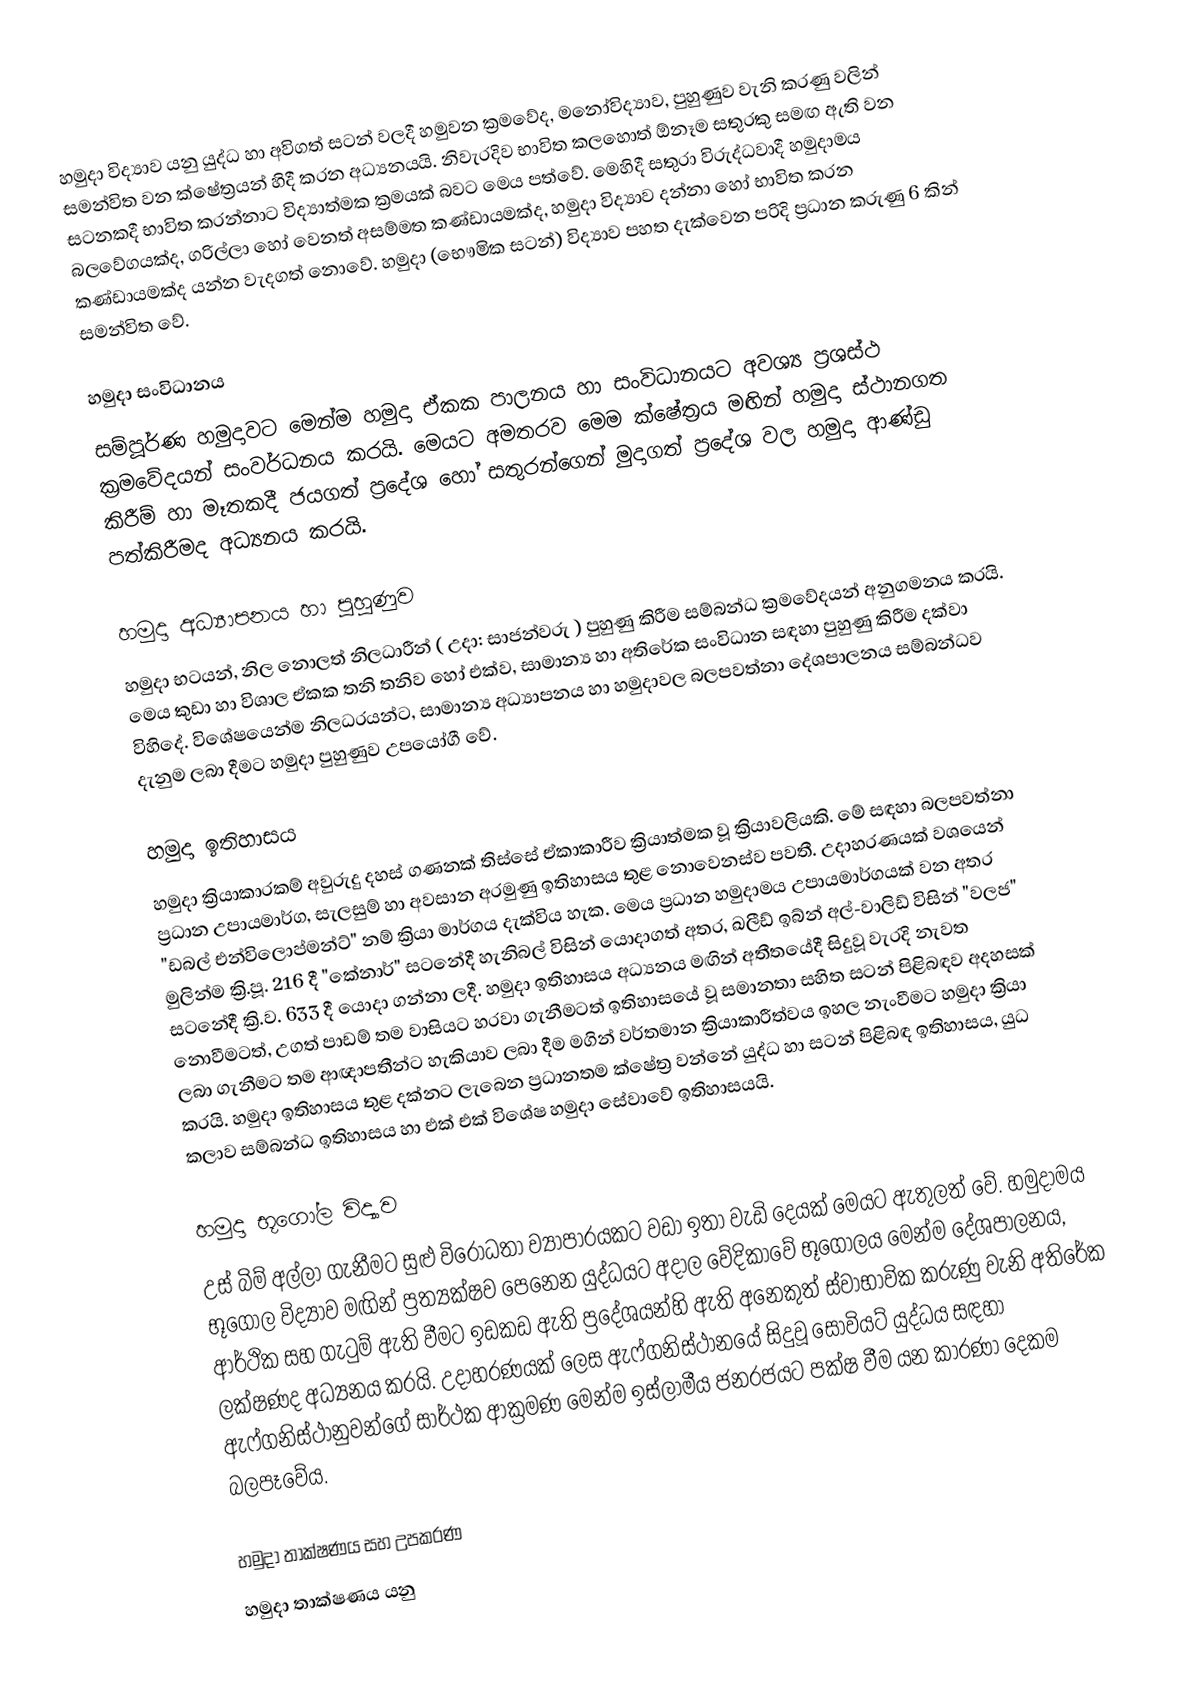
හමුදා විද්‍යාව යනු යුද්ධ හා අවිගත් සටන් වලදී හමුවන ක්‍රමවේද, මනෝවිද්‍යාව, පුහුණුව වැනි කරණු වලින් සමන්විත වන ක්ෂේත්‍රයන් හිදී කරන අධ්‍යනයයි. නිවැරදිව භාවිත කලහොත් ඕනෑම සතුරකු සමඟ ඇති වන සටනකදී භාවිත කරන්නාට විද්‍යාත්මක ක්‍රමයක් බවට මෙය පත්වේ. මෙහිදී සතුරා විරුද්ධවාදී හමුදාමය බලවේගයක්ද, ගරිල්ලා හෝ වෙනත් අසම්මත කණ්ඩායමක්ද, හමුදා විද්‍යාව දන්නා හෝ භාවිත කරන කණ්ඩායමක්ද යන්න වැදගත් නොවේ. හමුදා (භෞමික සටන්) විද්‍යාව පහත දැක්වෙන පරිදි ප්‍රධාන කරුණු 6 කින් සමන්විත වේ.

හමුදා සංවිධානය
සම්පූර්ණ හමුදාවට මෙන්ම හමුදා ඒකක පාලනය හා සංවිධානයට අවශ්‍ය ප්‍රශස්ථ ක්‍රමවේදයන් සංවර්ධනය කරයි. මෙයට අමතරව මෙම ක්ෂේත්‍රය මඟින් හමුදා ස්ථානගත කිරීම් හා මෑතකදී ජයගත් ප්‍රදේශ හෝ සතුරන්ගෙන් මුදාගත් ප්‍රදේශ වල හමුදා ආණ්ඩු පත්කිරීමද අධ්‍යනය කරයි.

හමුදා අධ්‍යාපනය හා පුහුණුව
හමුදා භටයන්, නිල නොලත් නිලධාරීන් ( උදා: සාජන්වරු ) පුහුණු කිරීම සම්බන්ධ ක්‍රමවේදයන් අනුගමනය කරයි. මෙය කුඩා හා විශාල ඒකක තනි තනිව හෝ එක්ව,  සාමාන්‍ය හා අතිරේක සංවිධාන සඳහා පුහුණු කිරීම දක්වා විහිදේ. විශේෂයෙන්ම නිලධරයන්ට, සාමාන්‍ය අධ්‍යාපනය හා හමුදාවල බලපවත්නා දේශපාලනය සම්බන්ධව දැනුම ලබා දීමට හමුදා පුහුණුව උපයෝගී වේ.

හමුදා ඉතිහාසය
හමුදා ක්‍රියාකාරකම් අවුරුදු දහස් ගණනක් තිස්සේ ඒකාකාරීව ක්‍රියාත්මක වූ ක්‍රියාවලියකි. මේ සඳහා බලපවත්නා ප්‍රධාන උපායමාර්ග, සැලසුම් හා අවසාන අරමුණු ඉතිහාසය තුළ නොවෙනස්ව පවතී. උදාහරණයක් වශයෙන් "ඩබල් එන්විලොප්මන්ට්" නම් ක්‍රියා මාර්ගය දැක්විය හැක. මෙය ප්‍රධාන හමුදාමය උපායමාර්ගයක් වන අතර මුලින්ම ක්‍රි.පූ. 216 දී "කේනාර්" සටනේදී හැනිබල් විසින් යොදාගත් අතර,  ඛලීඩ් ඉබ්න් අල්-වාලිඩ් විසින් "වලජ" සටනේදී ක්‍රි.ව. 633 දී යොදා ගන්නා ලදී. හමුදා ඉතිහාසය අධ්‍යනය මඟින් අතීතයේදී සිදුවූ වැරදි නැවත නොවීමටත්, උගත් පාඩම් තම වාසියට හරවා ගැනීමටත් ඉතිහාසයේ වූ සමානතා සහිත සටන් පිළිබඳව අදහසක් ලබා ගැනීමට තම ආඥාපතීන්ට හැකියාව ලබා දීම මගින් වර්තමාන ක්‍රියාකාරීත්වය ඉහල නැංවීමට හමුදා ක්‍රියා කරයි. හමුදා ඉතිහාසය තුළ දක්නට ලැබෙන ප්‍රධානතම ක්ෂේත්‍ර වන්නේ යුද්ධ හා සටන් පිළිබඳ ඉතිහාසය, යුධ කලාව සම්බන්ධ ඉතිහාසය හා එක් එක් විශේෂ හමුදා සේවාවේ ඉතිහාසයයි.

හමුදා භූගෝල විද්‍යාව
උස් බිම් අල්ලා ගැනීමට සුළු විරෝධතා ව්‍යාපාරයකට වඩා ඉතා වැඩි දෙයක් මෙයට ඇතුලත් වේ. හමුදාමය භූගෝල විද්‍යාව මඟින් ප්‍රත්‍යක්ෂව පෙනෙන යුද්ධයට අදාල වේදිකාවේ භූගෝලය මෙන්ම දේශපාලනය, ආර්ථික සහ ගැටුම් ඇති වීමට ඉඩකඩ ඇති ප්‍රදේශයන්හි ඇති අනෙකුත් ස්වාභාවික කරුණු වැනි අතිරේක ලක්ෂණද අධ්‍යනය කරයි. උදාහරණයක් ලෙස ඇෆ්ගනිස්ථානයේ සිදුවූ සෝවියට් යුද්ධය සඳහා ඇෆ්ගනිස්ථානුවන්ගේ සාර්ථක ආක්‍රමණ මෙන්ම ඉස්ලාමීය ජනරජයට පක්ෂ වීම යන කාරණා දෙකම බලපෑවේය.

හමුදා තාක්ෂණය සහ උපකරණ
හමුදා තාක්ෂණය යනු